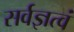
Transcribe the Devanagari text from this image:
सर्वज्ञत्वं